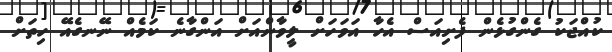
ކުއްޖަކު ގެންގުޅެން ފެށިއަސް އެހާ އަވަހަށް ލީވާންއަށް އަންގާނެ ކަމެއް ނޭނގެއޭ ހިތަށް